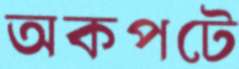
অকপটে